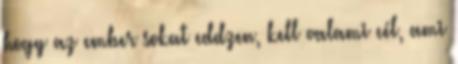
hogy az ember sokat eddzen, kell valami cél, ami